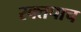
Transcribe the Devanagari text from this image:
रक्तपाच